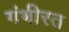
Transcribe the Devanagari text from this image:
गंभीरत